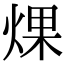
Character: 㷄